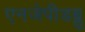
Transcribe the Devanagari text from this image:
एनजेपीडब्लू